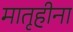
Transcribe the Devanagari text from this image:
मातृहीना